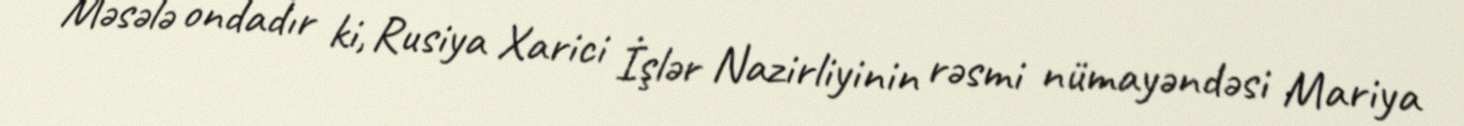
Məsələ ondadır ki, Rusiya Xarici İşlər Nazirliyinin rəsmi nümayəndəsi Mariya